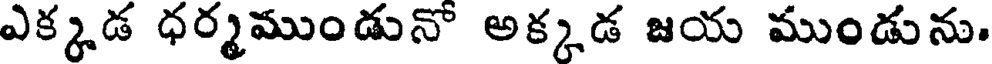
ఎక్కడ ధర్మముండునో అక్కడ జయ ముండును.